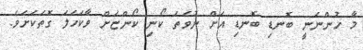
މާ ހުންނަނީ ބޮނޑި ބޮނޑި އަށް ނުވަތަ ކޯނި ކޯންޏަށް ވާކަހަލަ ގޮތަކަށެވެ.